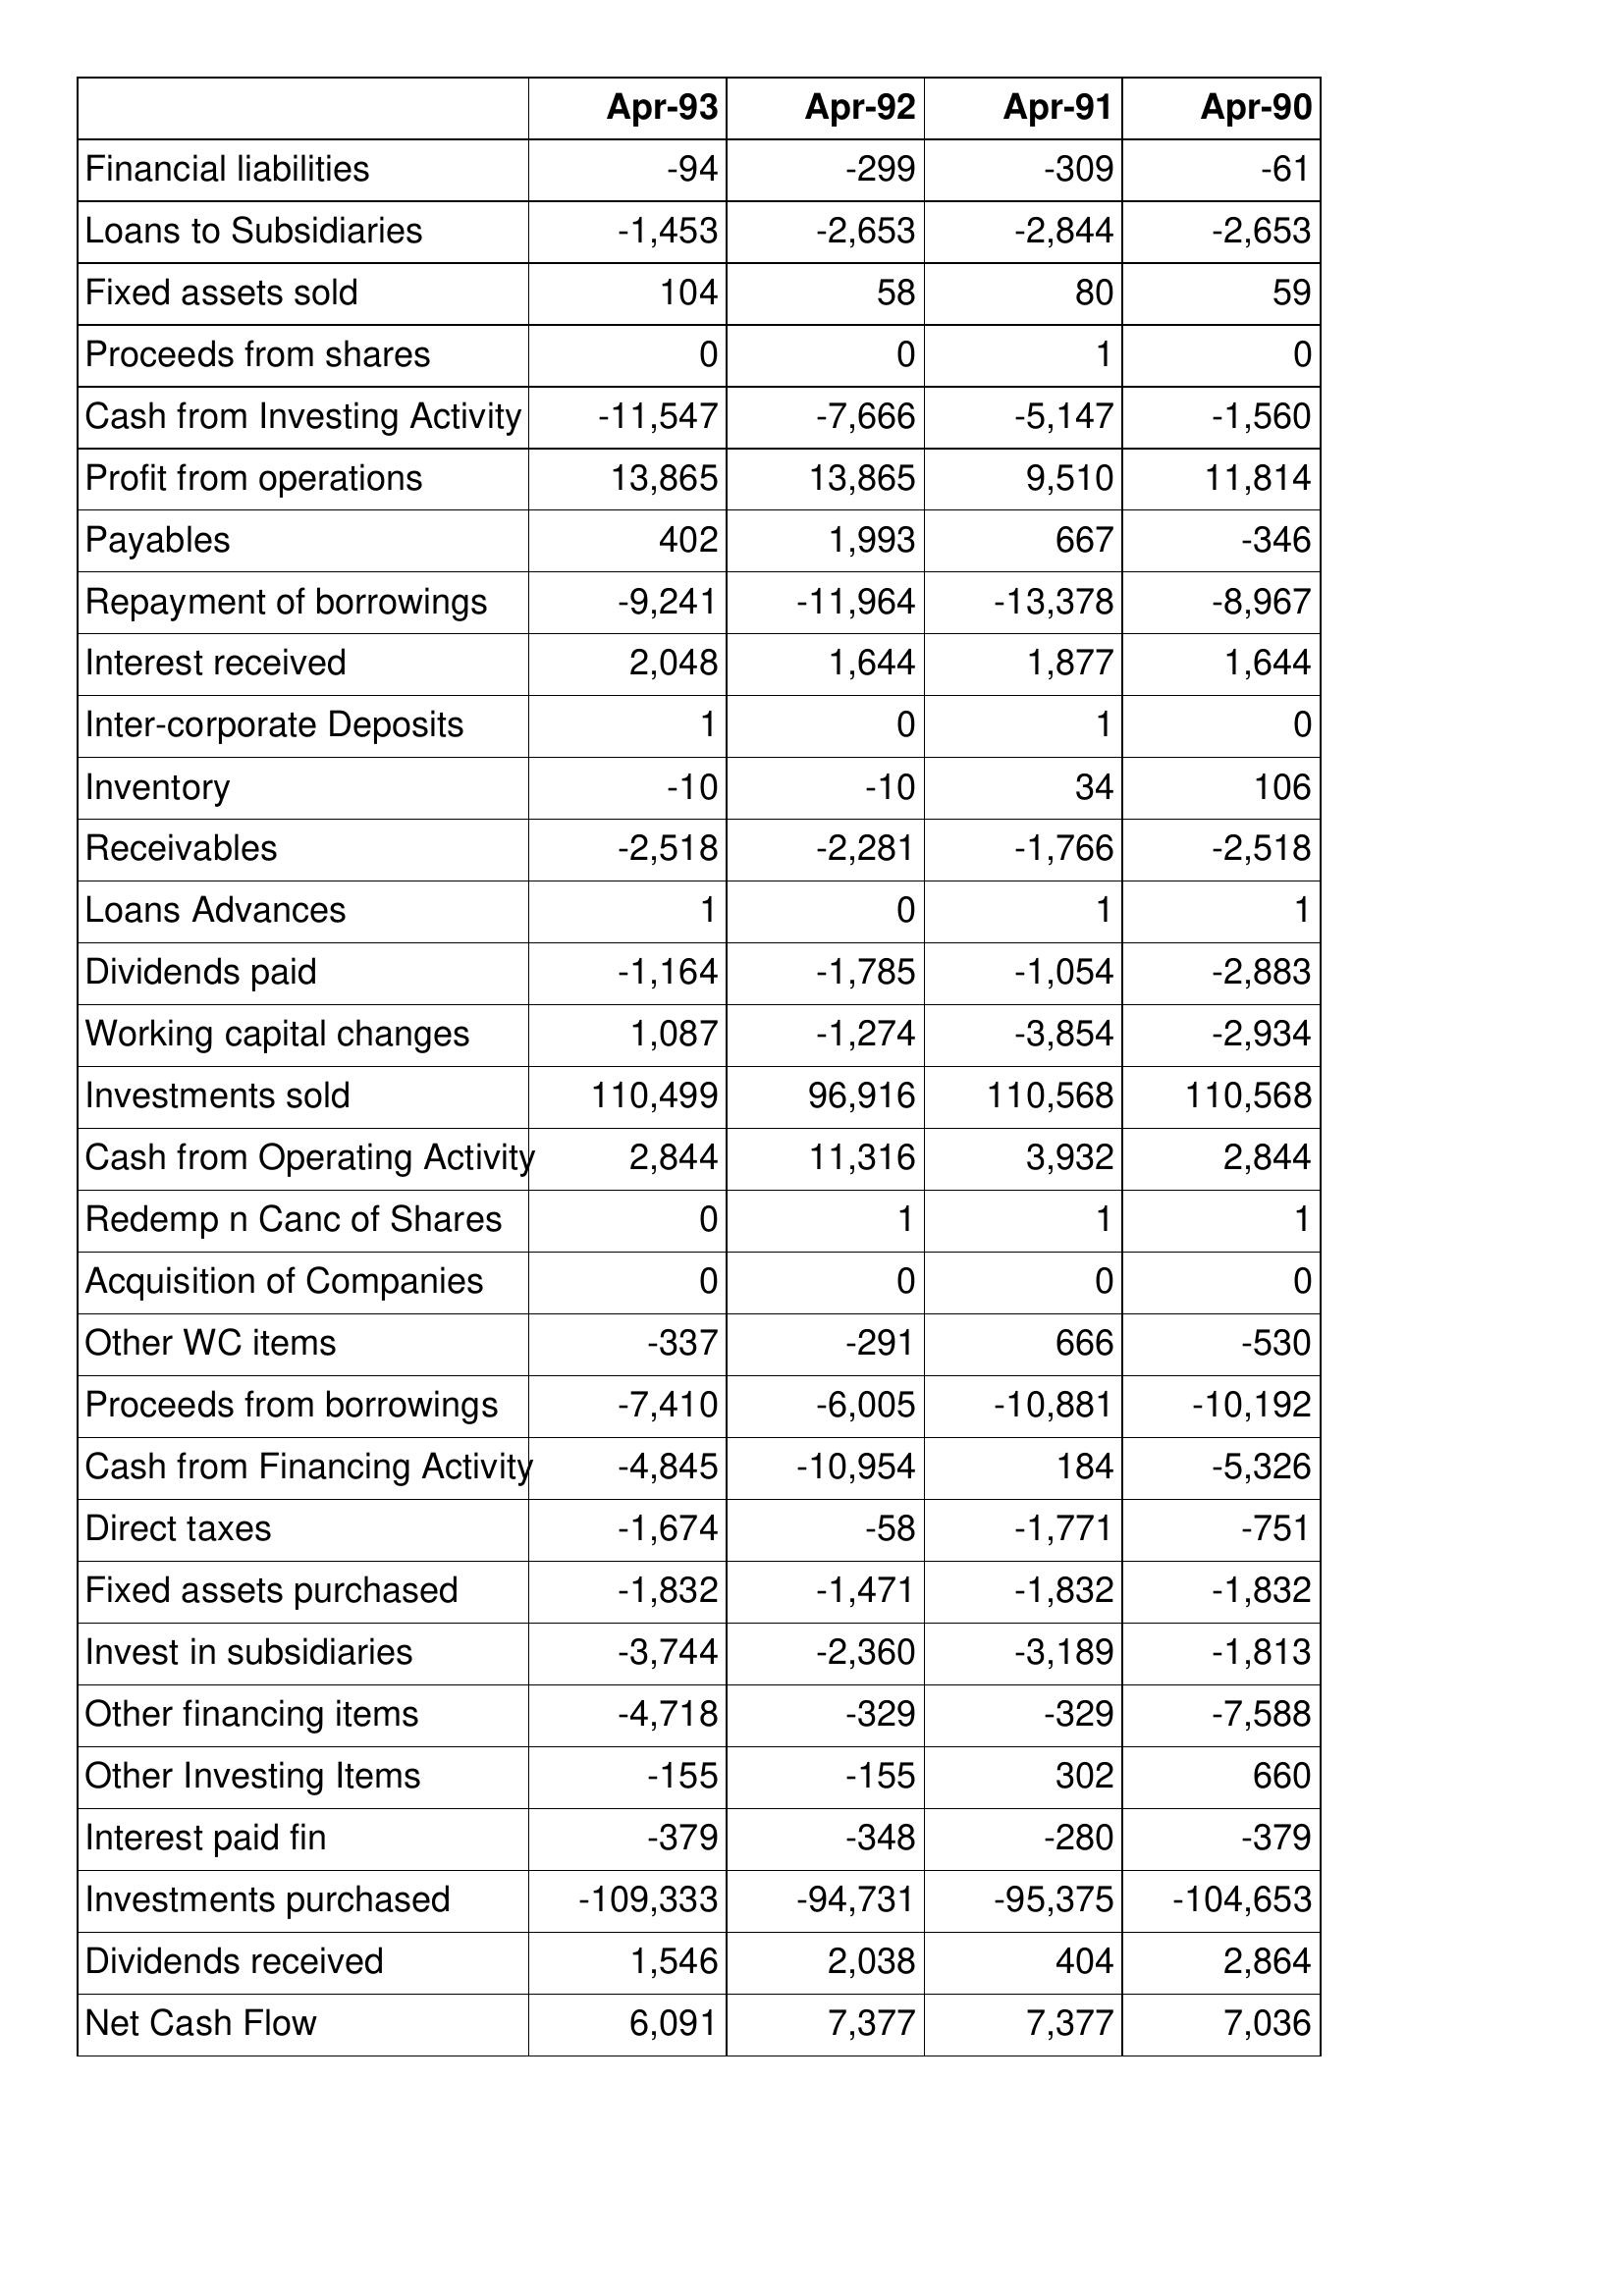
Apr-93: Cash Flows: Financial liabilities: -94
Loans to Subsidiaries: -1,453
Fixed assets sold: 104
Proceeds from shares: 0
Cash from Investing Activity: -11,547
Profit from operations: 13,865
Payables: 402
Repayment of borrowings: -9,241
Interest received: 2,048
Inter-corporate Deposits: 1
Inventory: -10
Receivables: -2,518
Loans Advances: 1
Dividends paid: -1,164
Working capital changes: 1,087
Investments sold: 110,499
Cash from Operating Activity: 2,844
Redemp n Canc of Shares: 0
Acquisition of Companies: 0
Other WC items: -337
Proceeds from borrowings: -7,410
Cash from Financing Activity: -4,845
Direct taxes: -1,674
Fixed assets purchased: -1,832
Invest in subsidiaries: -3,744
Other financing items: -4,718
Other Investing Items: -155
Interest paid fin: -379
Investments purchased: -109,333
Dividends received: 1,546
Net Cash Flow: 6,091
Apr-92: Cash Flows: Financial liabilities: -299
Loans to Subsidiaries: -2,653
Fixed assets sold: 58
Proceeds from shares: 0
Cash from Investing Activity: -7,666
Profit from operations: 13,865
Payables: 1,993
Repayment of borrowings: -11,964
Interest received: 1,644
Inter-corporate Deposits: 0
Inventory: -10
Receivables: -2,281
Loans Advances: 0
Dividends paid: -1,785
Working capital changes: -1,274
Investments sold: 96,916
Cash from Operating Activity: 11,316
Redemp n Canc of Shares: 1
Acquisition of Companies: 0
Other WC items: -291
Proceeds from borrowings: -6,005
Cash from Financing Activity: -10,954
Direct taxes: -58
Fixed assets purchased: -1,471
Invest in subsidiaries: -2,360
Other financing items: -329
Other Investing Items: -155
Interest paid fin: -348
Investments purchased: -94,731
Dividends received: 2,038
Net Cash Flow: 7,377
Apr-91: Cash Flows: Financial liabilities: -309
Loans to Subsidiaries: -2,844
Fixed assets sold: 80
Proceeds from shares: 1
Cash from Investing Activity: -5,147
Profit from operations: 9,510
Payables: 667
Repayment of borrowings: -13,378
Interest received: 1,877
Inter-corporate Deposits: 1
Inventory: 34
Receivables: -1,766
Loans Advances: 1
Dividends paid: -1,054
Working capital changes: -3,854
Investments sold: 110,568
Cash from Operating Activity: 3,932
Redemp n Canc of Shares: 1
Acquisition of Companies: 0
Other WC items: 666
Proceeds from borrowings: -10,881
Cash from Financing Activity: 184
Direct taxes: -1,771
Fixed assets purchased: -1,832
Invest in subsidiaries: -3,189
Other financing items: -329
Other Investing Items: 302
Interest paid fin: -280
Investments purchased: -95,375
Dividends received: 404
Net Cash Flow: 7,377
Apr-90: Cash Flows: Financial liabilities: -61
Loans to Subsidiaries: -2,653
Fixed assets sold: 59
Proceeds from shares: 0
Cash from Investing Activity: -1,560
Profit from operations: 11,814
Payables: -346
Repayment of borrowings: -8,967
Interest received: 1,644
Inter-corporate Deposits: 0
Inventory: 106
Receivables: -2,518
Loans Advances: 1
Dividends paid: -2,883
Working capital changes: -2,934
Investments sold: 110,568
Cash from Operating Activity: 2,844
Redemp n Canc of Shares: 1
Acquisition of Companies: 0
Other WC items: -530
Proceeds from borrowings: -10,192
Cash from Financing Activity: -5,326
Direct taxes: -751
Fixed assets purchased: -1,832
Invest in subsidiaries: -1,813
Other financing items: -7,588
Other Investing Items: 660
Interest paid fin: -379
Investments purchased: -104,653
Dividends received: 2,864
Net Cash Flow: 7,036